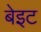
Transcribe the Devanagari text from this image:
बेइट